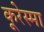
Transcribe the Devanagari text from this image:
कूरेस्मा